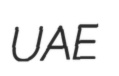
UAE